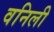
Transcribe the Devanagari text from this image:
वनिली